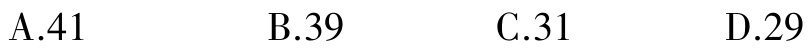
A.41  B.39  C.31  D.29